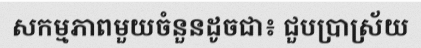
សកម្មភាពមួយចំនួនដូចជា៖ ជួបប្រាស្រ័យ